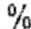
%